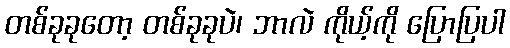
တစ်ခုခုတော့ တစ်ခုခုပဲ၊ ဘာလဲ ကိုယ့်ကို ပြောပြပါ